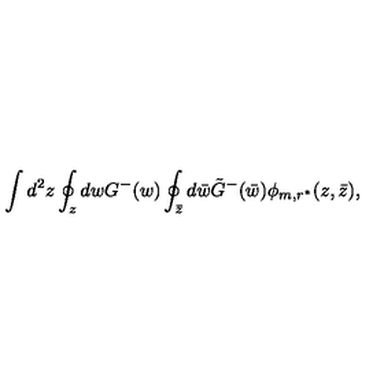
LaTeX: \int d ^ { 2 } z \oint _ { z } d w G ^ { - } ( w ) \oint _ { \bar { z } } d \bar { w } \tilde { G } ^ { - } ( \bar { w } ) \phi _ { m , r ^ { * } } ( z , \bar { z } ) ,